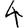
Digit: 4